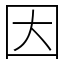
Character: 因